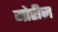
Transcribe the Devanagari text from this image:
मोरीज़